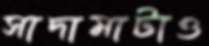
সাদামাটাও